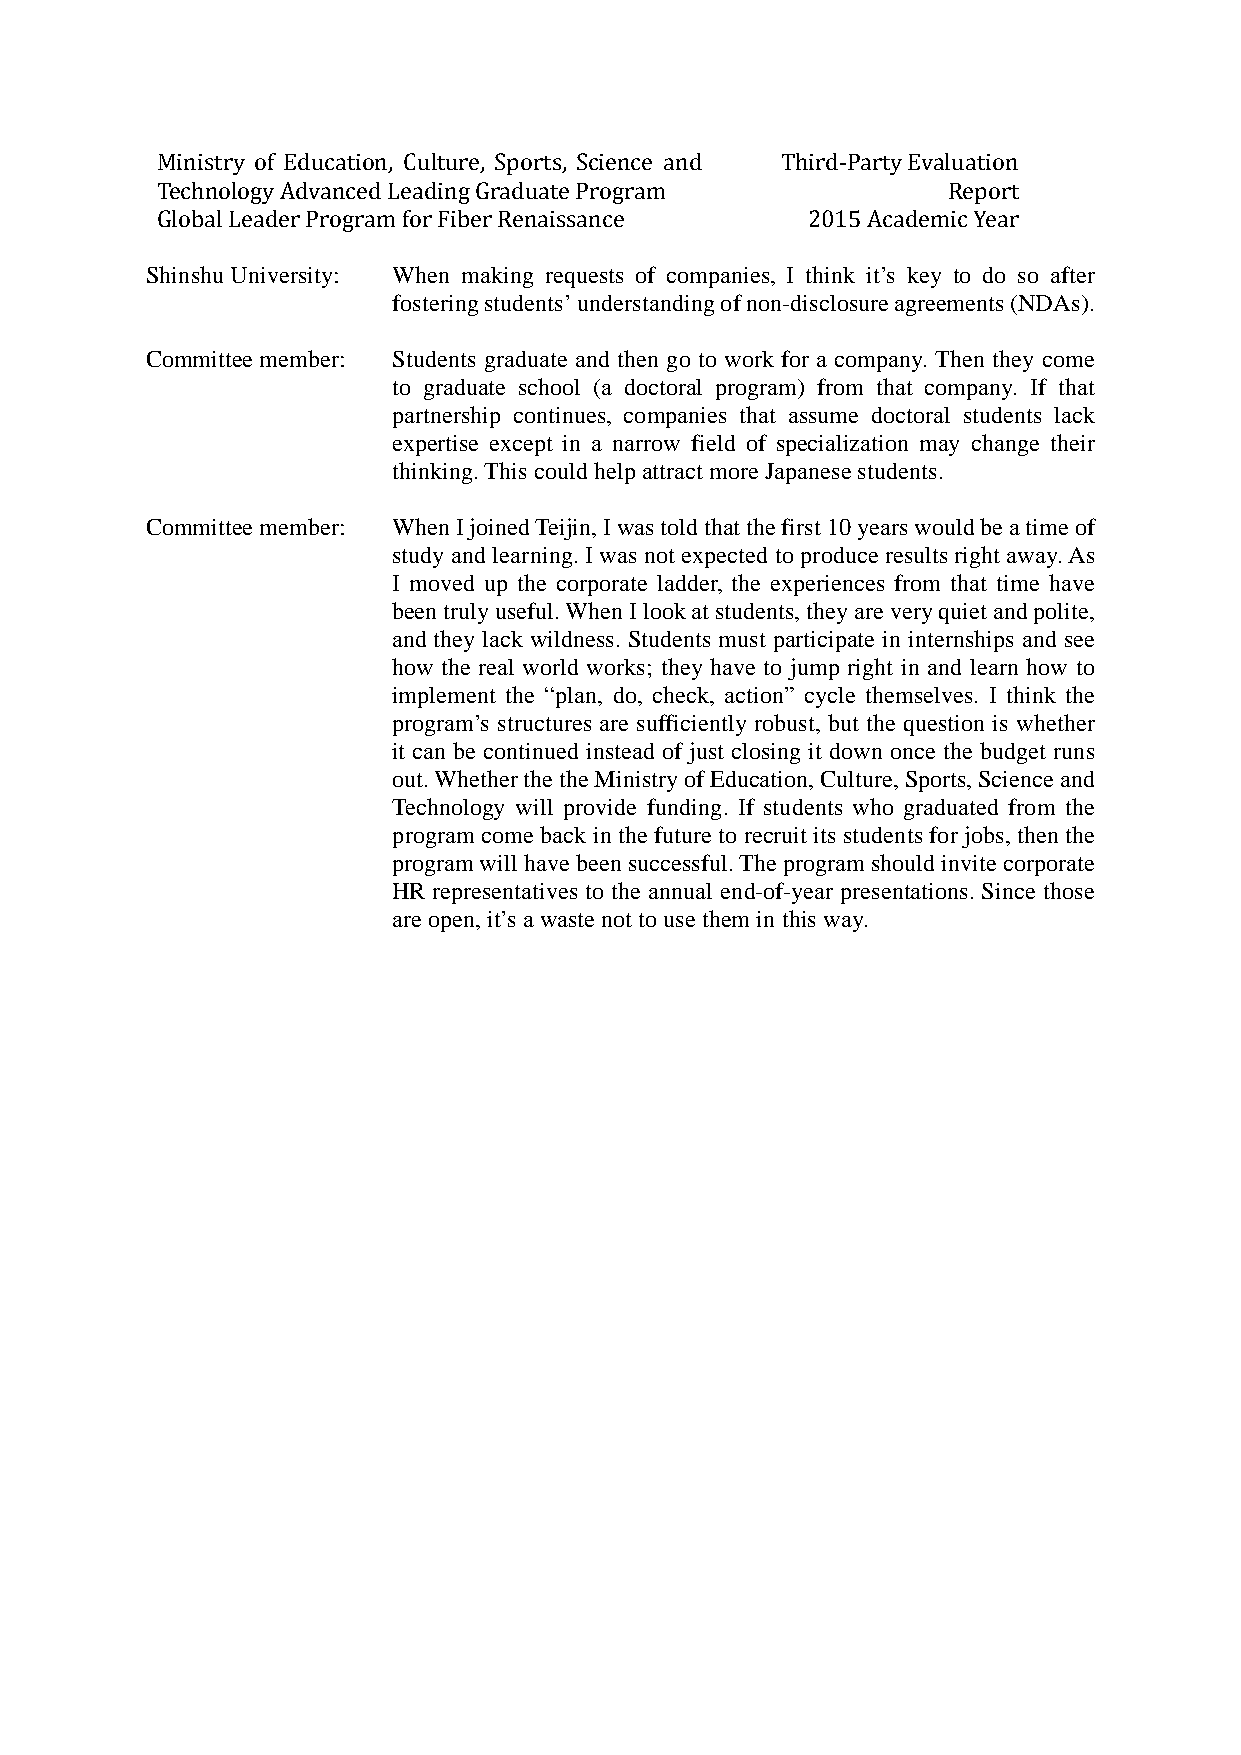
Ministry of Education, Culture, Sports, Science and Third-Party Evaluation
 Technology Advanced Leading Graduate Program         Report
 Global Leader Program for Fiber Renaissance 2015 Academic Year
 Shinshu University: When making requests of companies, I think it’s key to do so after
 fostering students’ understanding of non-disclosure agreements (NDAs).
 Committee member: Students graduate and then go to work for a company. Then they come
 to graduate school (a doctoral program) from that company. If that
 partnership continues, companies that assume doctoral students lack
 expertise except in a narrow field of specialization may change their
 thinking. This could help attract more Japanese students.
 Committee member: When I joined Teijin, I was told that the first 10 years would be a time of
 study and learning. I was not expected to produce results right away. As
 I moved up the corporate ladder, the experiences from that time have
 been truly useful. When I look at students, they are very quiet and polite,
 and they lack wildness. Students must participate in internships and see
 how the real world works; they have to jump right in and learn how to
 implement the “plan, do, check, action” cycle themselves. I think the
 program’s structures are sufficiently robust, but the question is whether
 it can be continued instead of just closing it down once the budget runs
 out. Whether the the Ministry of Education, Culture, Sports, Science and
 Technology will provide funding. If students who graduated from the
 program come back in the future to recruit its students for jobs, then the
 program will have been successful. The program should invite corporate
 HR representatives to the annual end-of-year presentations. Since those
 are open, it’s a waste not to use them in this way.